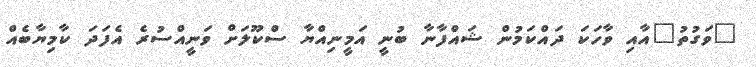
"ވަގުތު"އާއި ވާހަކަ ދައްކަމުން ޝައްފާނާ ބުނީ އަމީނިއްޔާ ސްކޫލަށް ވަނީއްސުރެ އެފަދަ ކާމިޔާބެއް